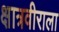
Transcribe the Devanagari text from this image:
क्षात्रवीराला